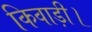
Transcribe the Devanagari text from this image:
किवाड़ी।